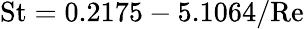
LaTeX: \mathrm{St}=0.2175-5.1064/\mathrm{Re}